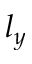
l _ { y }